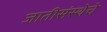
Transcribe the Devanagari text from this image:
जातीसंस्थेचे